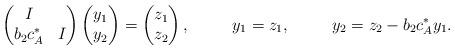
LaTeX: \begin{align*} \begin{pmatrix} I & \\ b_2 c_A^* & I \end{pmatrix} \begin{pmatrix} y_1\\ y_2 \end{pmatrix} &= \begin{pmatrix} z_1\\ z_2 \end{pmatrix}, & y_1 &= z_1, & y_2 &= z_2 - b_2 c_A^* y_1.\end{align*}